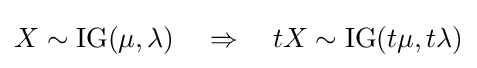
X\sim \operatorname {IG} (\mu ,\lambda )\,\,\,\,\,\,\Rightarrow \,\,\,\,\,\,tX\sim \operatorname {IG} (t\mu ,t\lambda )